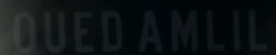
OUEDAMLIL